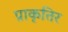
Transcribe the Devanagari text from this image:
प्राकृतिर